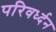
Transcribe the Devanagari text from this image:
परिवर्ध्दन